Leningradi_Edasi_toimetus, lk 42
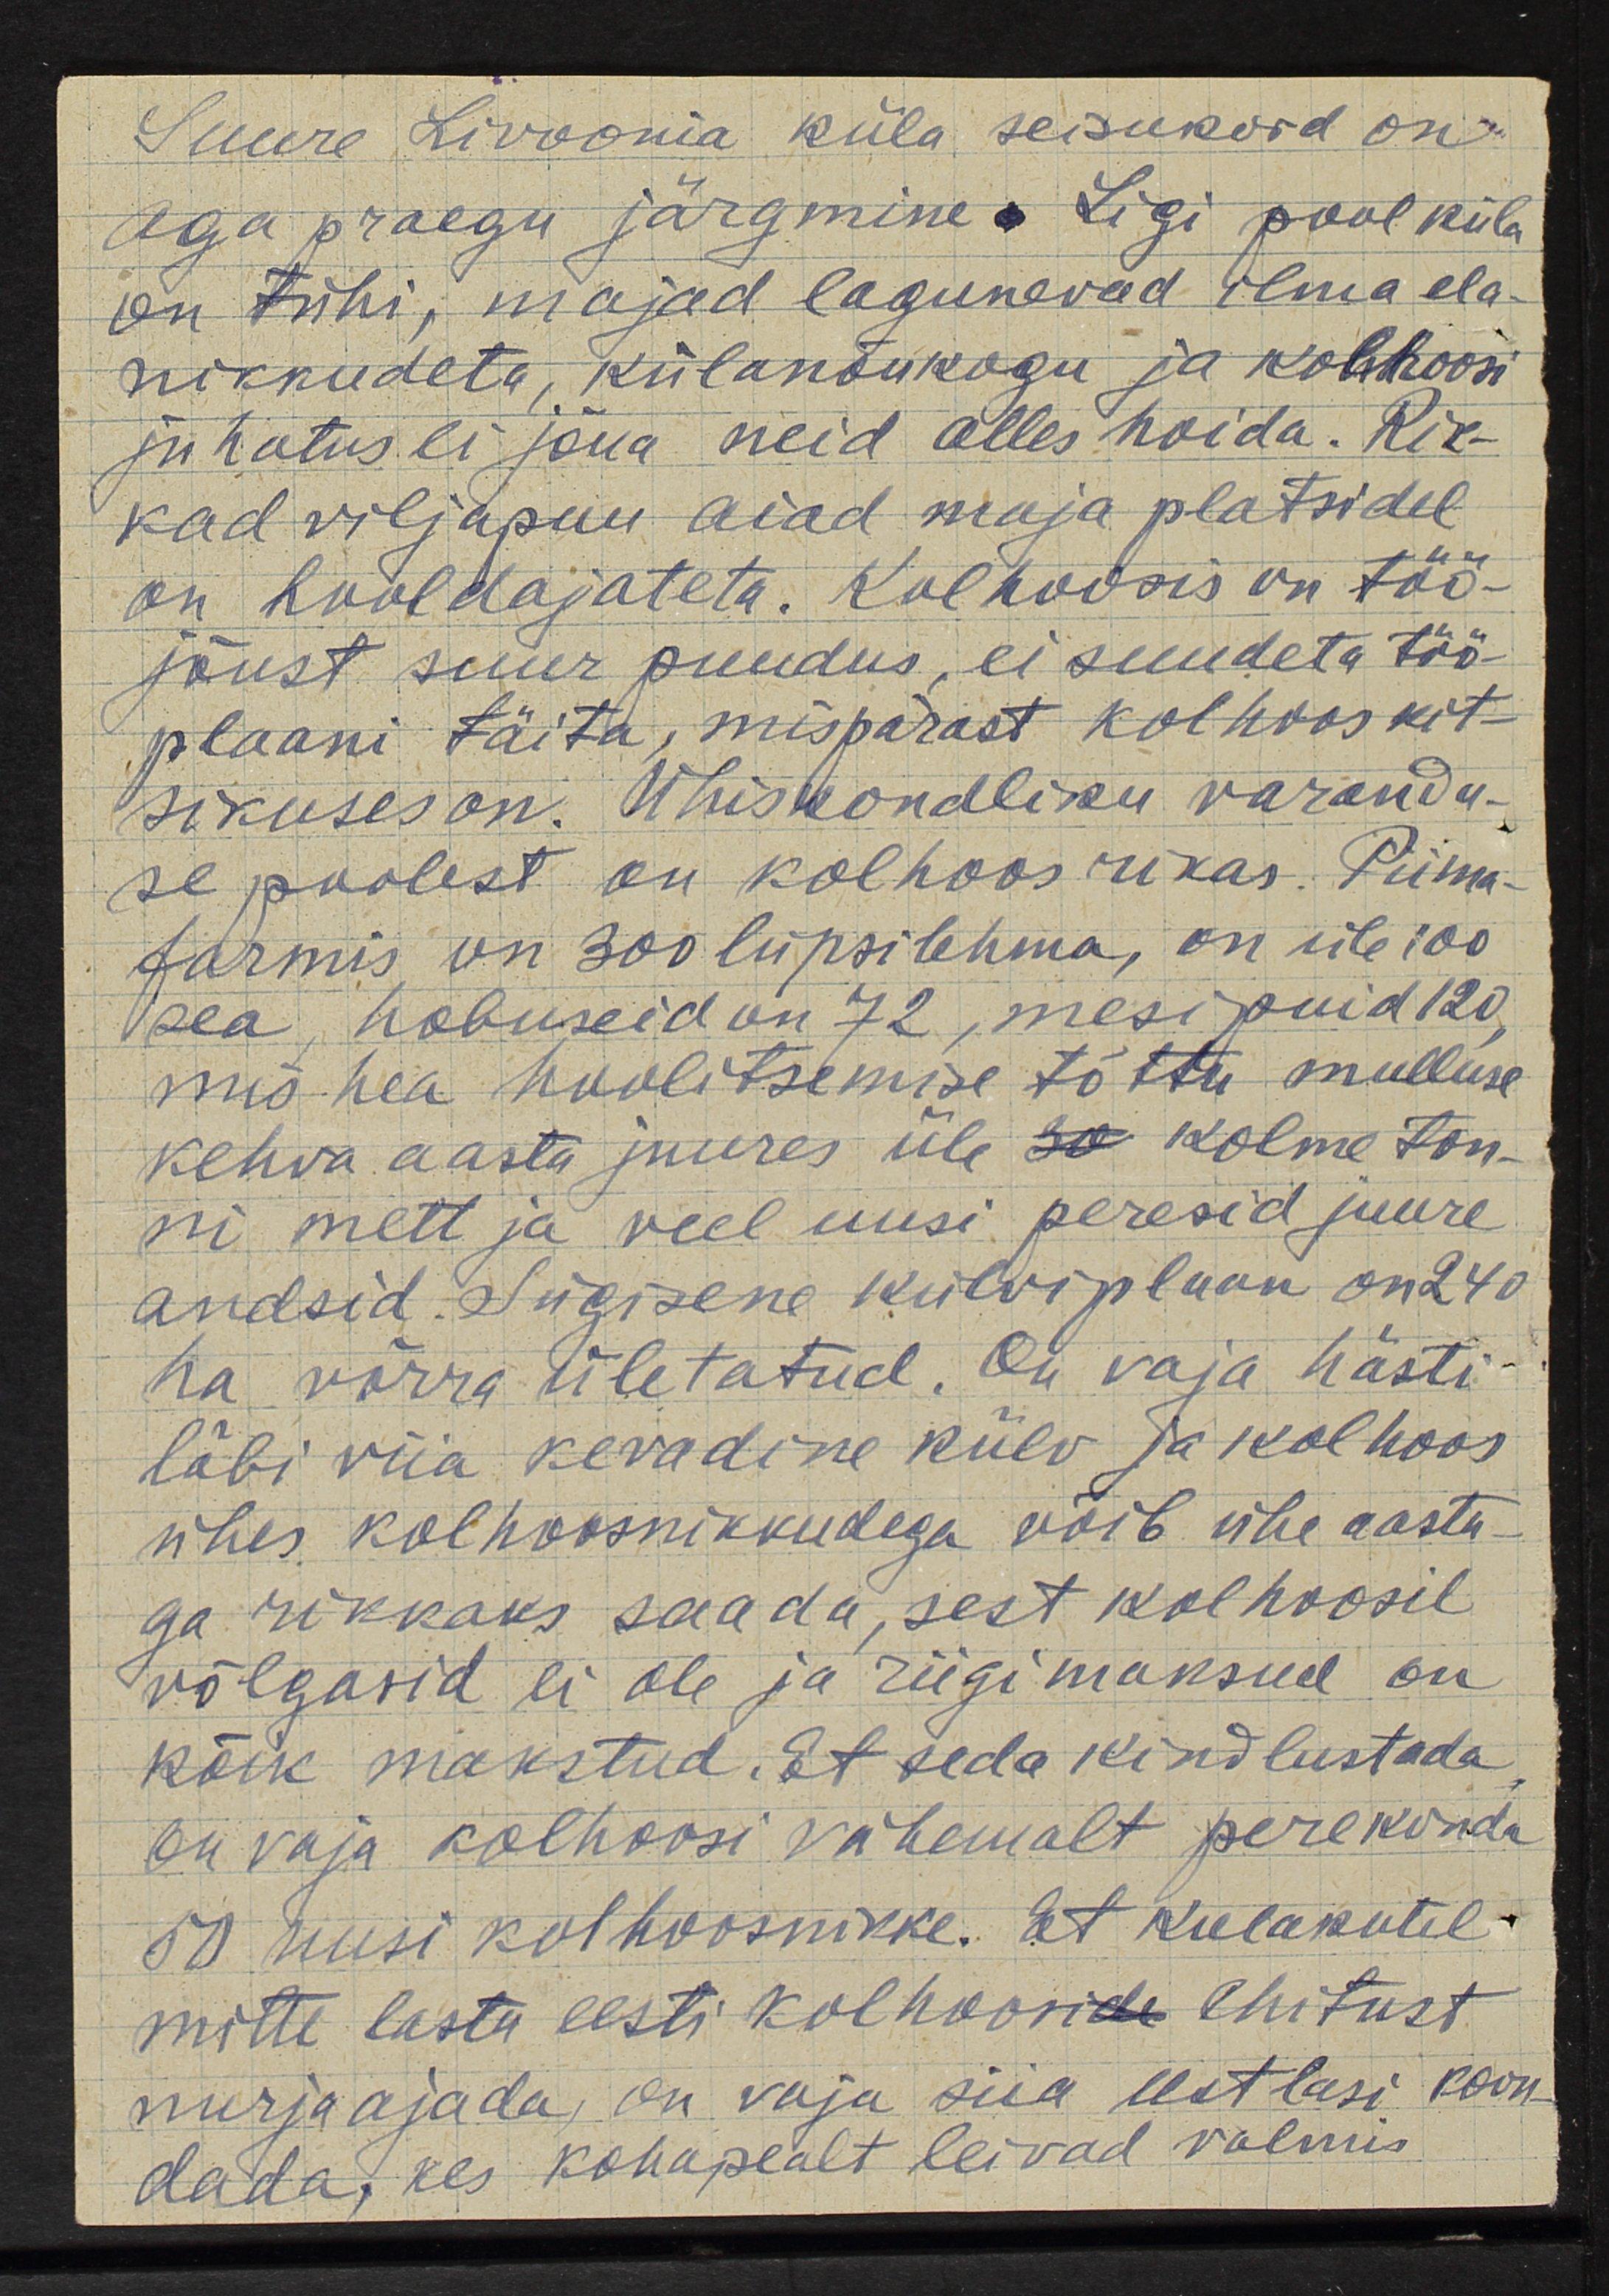
Suure Livoonia küla seisukord on
aga praegu järgmine. Ligi pool küla
on tühi, majad lagunevad ilma ela-
nikkudeta, külanõukogu ja kolhoosi
juhatus ei jõua neid alles hoida. Rik-
kad viljapuu aiad maja platsidel
on hooldajateta. Kolhoosis on töö-
jõust suur puudus, ei suudeta töö-
plaani täita, mispärast kolhoos kit-
sikuses on. Ühiskondliku varandu-
se poolest on kolhoos rikas. Piima-
farmis on 300 lüpsilehma, on üle 100
pea, hobuseid on 72, mesipuid 120,
mis hea hoolitsemise tõttu mulluse
kehva aasta juures üle 30 kolme ton-
ni mett ja veel uusi peresid juure
andsid. Sügisene külviplaan on 240
ha võrra ületatud. On vaja hästi
läbi viia kevadine külv ja kolhoos
ühes kolhoosnikkudega võib ühe aasta-
ga rikkaks saada, sest kolhoosil
võlgasid ei ole ja riigimaksud on
kõik makstud. Et seda kindlustada
on vaja kolhoosi vähemalt perekonda
50 uusi kolhoosnikke. Et kulakutel
mitte lasta eesti kolhooside ehitust
nurja ajada, on vaja siia eestlasi koon-
dada, kes kohapealt leivad valmis